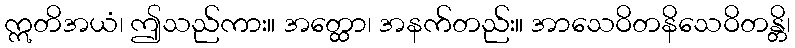
ဣတိအယံ၊ ဤသည်ကား။ အတ္ထော၊ အနက်တည်း။ အာသေဝိတနိသေဝိတန္တိ၊